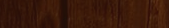
تجديد وتصميم المنازل بمفر